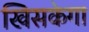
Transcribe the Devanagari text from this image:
खिसकेगा